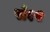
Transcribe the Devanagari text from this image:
से१२